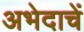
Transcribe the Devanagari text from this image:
अभेदाचें